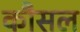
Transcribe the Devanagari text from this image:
कौसल